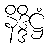
နိဒ္ဒိဋ္ဌံ